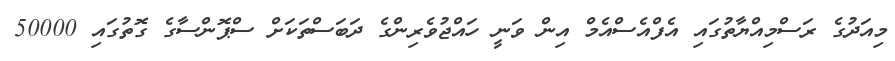
މިއަދުގެ ރަސްމިއްޔާތުގައި އެފްއެސްއެމް އިން ވަނީ ހައްޖުވެރިންގެ ދަބަސްތަކަށް ސްޕޮންސާގެ ގޮތުގައި 50000